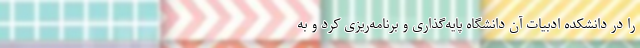
را در دانشکده ادبیات آن دانشگاه پایه‌گذاری و برنامه‌ریزی کرد و به